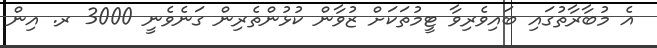
އެ މުބާރާތުގައި ބައިވެރިވާ ޓީމުތަކަށް ޒުވާން ކުޅުންތެރިން ގަނެވެނީ 3000 ރ. އިން